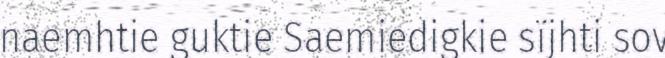
naemhtie guktie Saemiedigkie sïjhti sov